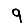
Digit: 9